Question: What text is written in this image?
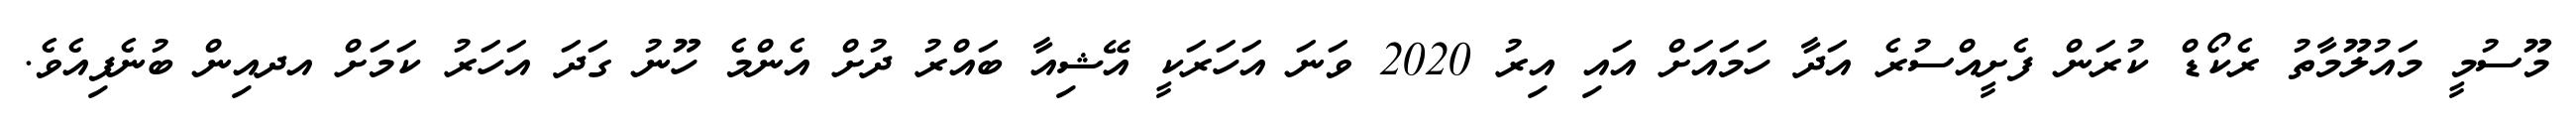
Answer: މޫސުމީ މައުލޫމާތު ރެކޯޑް ކުރަން ފެށީއްސުރެ އަދާ ހަމައަށް އައި އިރު 2020 ވަނަ އަހަރަކީ އޭޝިއާ ބައްރު ދުށް އެންމެ ހޫނު ގަދަ އަހަރު ކަމަށް އދއިން ބުނެފިއެވެ.